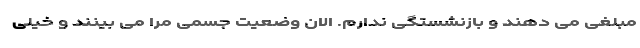
مبلغی می دهند و بازنشستگی ندارم. الان وضعیت جسمی مرا می بینند و خیلی